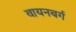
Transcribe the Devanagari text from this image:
वायनबर्ग